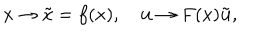
LaTeX: x \to \tilde { x } = f ( x ) , \quad { \bf u } \to F ( x ) \tilde { \bf u } ,